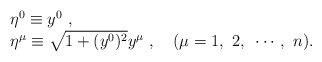
\begin{align*}\begin{array}{l}\eta^0\equiv y^0~,\\\eta^\mu\equiv\sqrt{1+(y^0)^2}y^\mu~,~~~(\mu=1,~2,~\cdots,~n).\end{array}\end{align*}